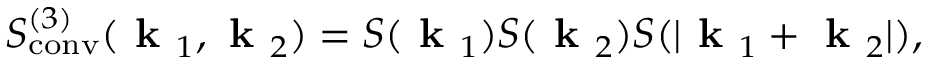
S _ { \mathrm { c o n v } } ^ { ( 3 ) } ( \textbf { k } _ { 1 } , \textbf { k } _ { 2 } ) = S ( \textbf { k } _ { 1 } ) S ( \textbf { k } _ { 2 } ) S ( | \textbf { k } _ { 1 } + \textbf { k } _ { 2 } | ) ,